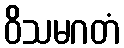
ဝိသမဂတံ